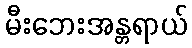
မီးဘေးအန္တရာယ်